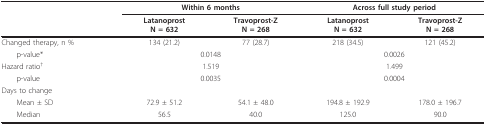
<table><thead><tr><td></td><td colspan="2"><b>Within 6 months</b></td><td colspan="2"><b>Across full study period</b></td></tr><tr><td></td><td><b>LatanoprostN = 632</b></td><td><b>Travoprost-ZN = 268</b></td><td><b>LatanoprostN = 632</b></td><td><b>Travoprost-ZN = 268</b></td></tr></thead><tbody><tr><td>Changed therapy, n %</td><td>134 (21.2)</td><td>77 (28.7)</td><td>218 (34.5)</td><td>121 (45.2)</td></tr><tr><td> p-value*</td><td colspan="2">0.0148</td><td colspan="2">0.0026</td></tr><tr><td>Hazard ratio<sup>†</sup></td><td colspan="2">1.519</td><td colspan="2">1.499</td></tr><tr><td> p-value</td><td colspan="2">0.0035</td><td colspan="2">0.0004</td></tr><tr><td>Days to change</td><td></td><td></td><td></td><td></td></tr><tr><td> Mean ± SD</td><td>72.9 ± 51.2</td><td>54.1 ± 48.0</td><td>194.8 ± 192.9</td><td>178.0 ± 196.7</td></tr><tr><td> Median</td><td>56.5</td><td>40.0</td><td>125.0</td><td>90.0</td></tr></tbody></table>